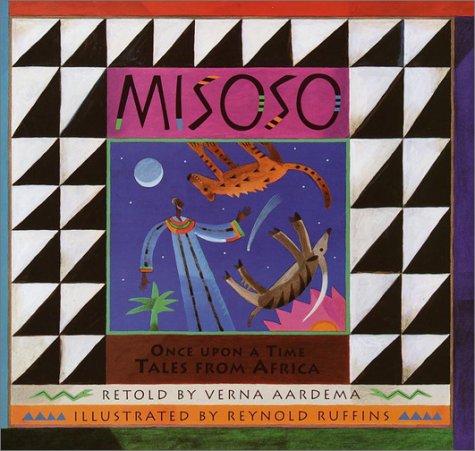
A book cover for Misoso: Once Upon a Time Tales from Africa; Verna Aardema; Children's Books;